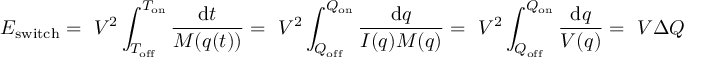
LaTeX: E _ { \mathrm { s w i t c h } } = \ V ^ { 2 } \int _ { T _ { \mathrm { o f f } } } ^ { T _ { \mathrm { o n } } } { \frac { \mathrm { d } t } { M ( q ( t ) ) } } = \ V ^ { 2 } \int _ { Q _ { \mathrm { o f f } } } ^ { Q _ { \mathrm { o n } } } { \frac { \mathrm { d } q } { I ( q ) M ( q ) } } = \ V ^ { 2 } \int _ { Q _ { \mathrm { o f f } } } ^ { Q _ { \mathrm { o n } } } { \frac { \mathrm { d } q } { V ( q ) } } = \ V \Delta Q